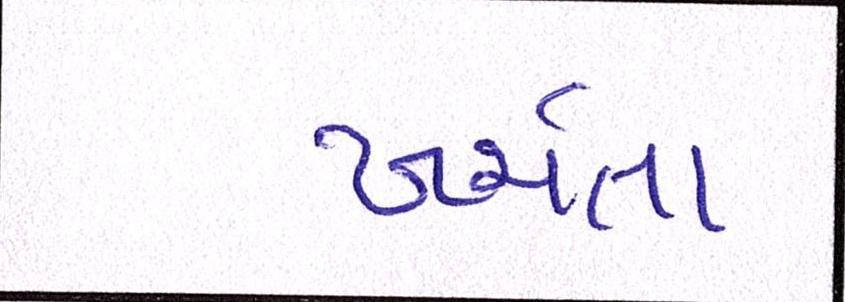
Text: ખર્ચતા